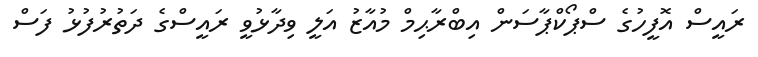
ރައީސް އޮފީހުގެ ސްޕޯކްޕާސަން އިބްރާޙިމް މުއާޒު އަލީ ވިދާޅުވީ ރައީސްގެ ދަތުރުފުޅު ފަސް